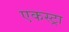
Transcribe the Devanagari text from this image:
एकस्ट्रा